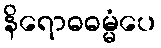
နိရောဓဓမ္မံပေ